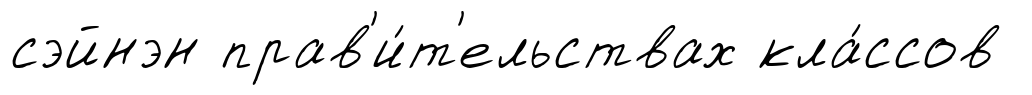
сэйнэн прав'и́т'ельствах кла́ссов